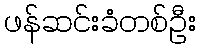
ဖန်ဆင်းခံတစ်ဦး